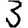
Digit: 3